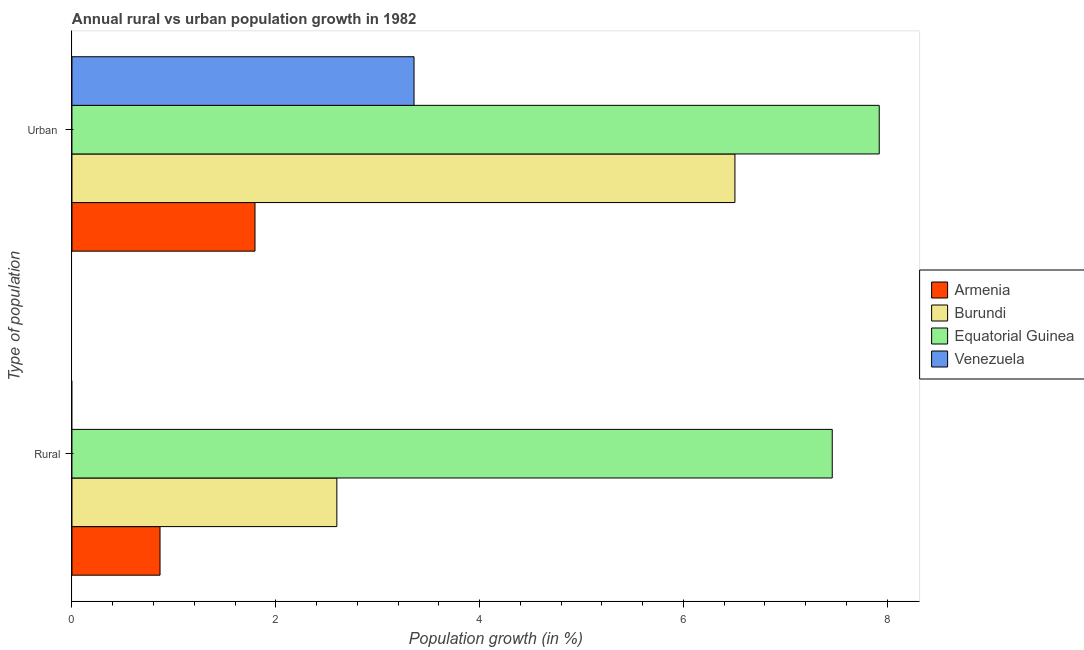
| Type of population | Armenia | Burundi | Equatorial Guinea | Venezuela |
 | --- | --- | --- | --- | --- |
 | Rural | 0.864 | 2.6 | 7.46 | -0.169 |
 | Urban  | 1.8 | 6.51 | 7.92 | 3.36 |